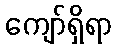
ကျော်ရှိရာ